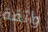
واثقة